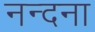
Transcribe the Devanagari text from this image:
नन्दना